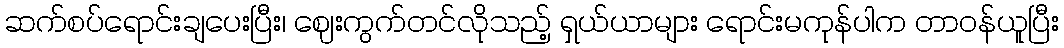
ဆက်စပ်ရောင်းချပေးပြီး၊ ဈေးကွက်တင်လိုသည့် ရှယ်ယာများ ရောင်းမကုန်ပါက တာ၀န်ယူပြီး